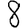
Digit: 8